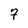
Character: 7